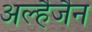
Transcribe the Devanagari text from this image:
अल्हैजैन